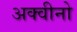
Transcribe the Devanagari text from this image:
अक्वीनो